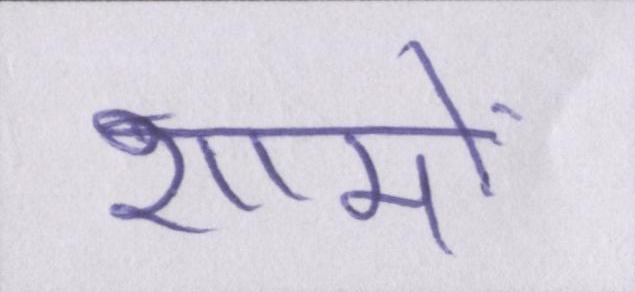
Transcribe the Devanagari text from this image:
शामों